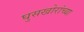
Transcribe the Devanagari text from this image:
घुसखोरांच्या